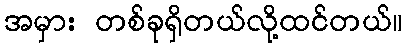
အမှား တစ်ခုရှိတယ်လို့ထင်တယ်။